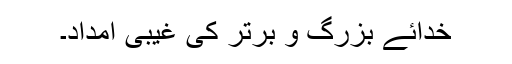
خدائے بزرگ و برتر کی غیبی امداد۔